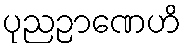
ပုညဉာဏေဟိ